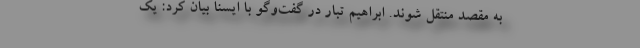
به مقصد منتقل شوند. ابراهیم تبار در گفت‌وگو با ایسنا بیان کرد: یک